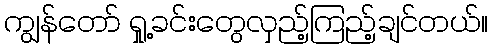
ကျွန်တော် ရှု့ခင်းတွေလှည့်ကြည့်ချင်တယ်။